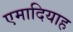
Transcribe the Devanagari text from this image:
एमादियाह